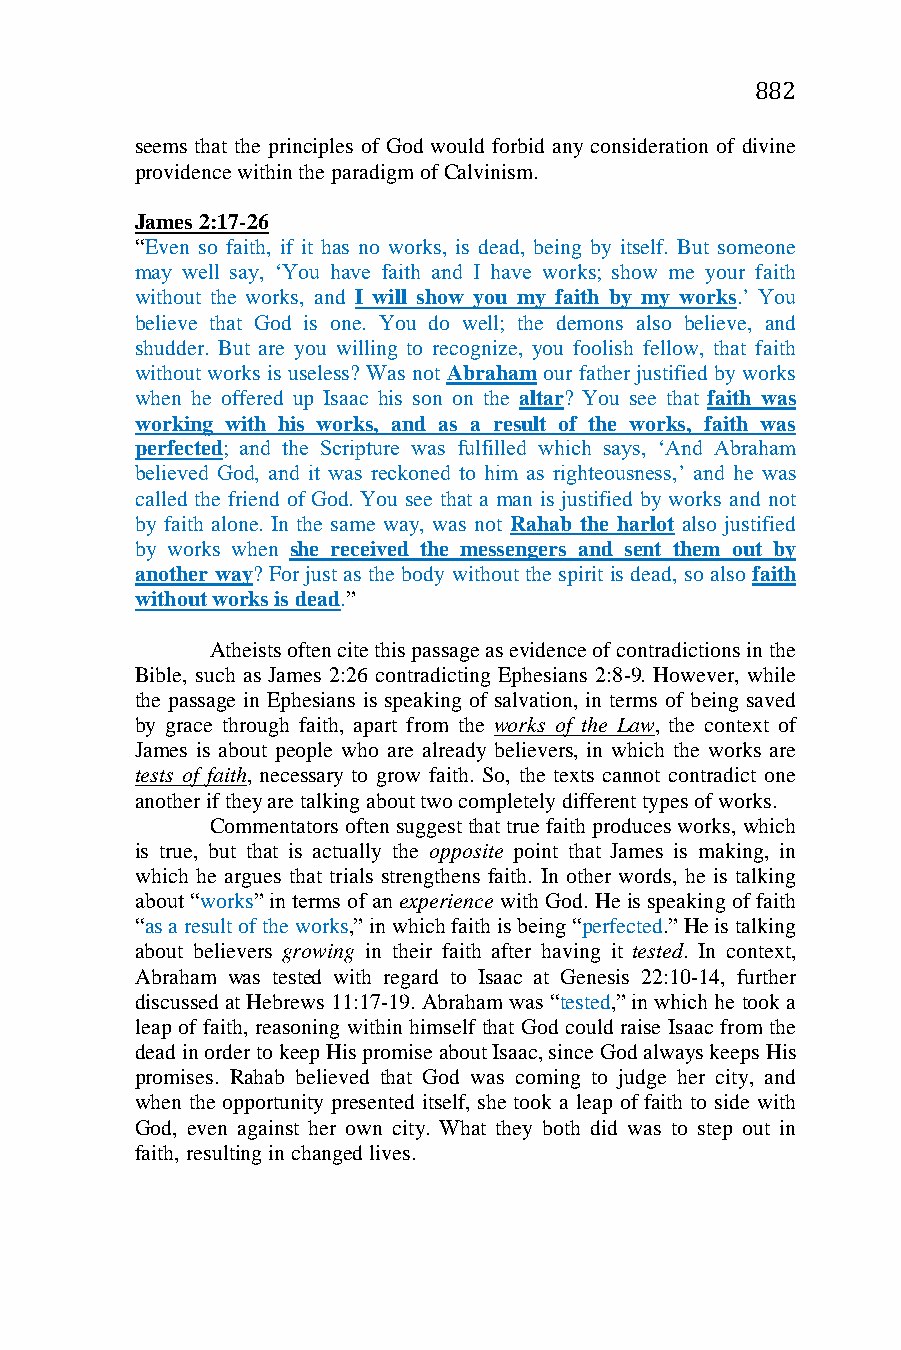
882
 seems that the principles of God would forbid any consideration of divine
 providence within the paradigm of Calvinism.
 James 2:17-26
 “Even so faith, if it has no works, is dead, being by itself. But someone
 may well say, ‘You have faith and I have works; show me your faith
 without the works, and I will show you my faith by my works.’ You
 believe that God is one. You do well; the demons also believe, and
 shudder. But are you willing to recognize, you foolish fellow, that faith
 without works is useless? Was not Abraham our father justified by works
 when he offered up Isaac his son on the altar? You see that faith was
 working with his works, and as a result of the works, faith was
 perfected; and the Scripture was fulfilled which says, ‘And Abraham
 believed God, and it was reckoned to him as righteousness,’ and he was
 called the friend of God. You see that a man is justified by works and not
 by faith alone. In the same way, was not Rahab the harlot also justified
 by works when she received the messengers and sent them out by
 another way? For just as the body without the spirit is dead, so also faith
 without works is dead.”
 Atheists often cite this passage as evidence of contradictions in the
 Bible, such as James 2:26 contradicting Ephesians 2:8-9. However, while
 the passage in Ephesians is speaking of salvation, in terms of being saved
 by grace through faith, apart from the works of the Law, the context of
 James is about people who are already believers, in which the works are
 tests of faith, necessary to grow faith. So, the texts cannot contradict one
 another if they are talking about two completely different types of works.
 Commentators often suggest that true faith produces works, which
 is true, but that is actually the opposite point that James is making, in
 which he argues that trials strengthens faith. In other words, he is talking
 about “works” in terms of an experience with God. He is speaking of faith
 “as a result of the works,” in which faith is being “perfected.” He is talking
 about believers growing in their faith after having it tested. In context,
 Abraham was tested with regard to Isaac at Genesis 22:10-14, further
 discussed at Hebrews 11:17-19. Abraham was “tested,” in which he took a
 leap of faith, reasoning within himself that God could raise Isaac from the
 dead in order to keep His promise about Isaac, since God always keeps His
 promises. Rahab believed that God was coming to judge her city, and
 when the opportunity presented itself, she took a leap of faith to side with
 God, even against her own city. What they both did was to step out in
 faith, resulting in changed lives.